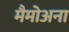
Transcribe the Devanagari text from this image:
मैमोअना